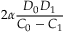
2 \alpha \frac { D _ { 0 } D _ { 1 } } { C _ { 0 } - C _ { 1 } }